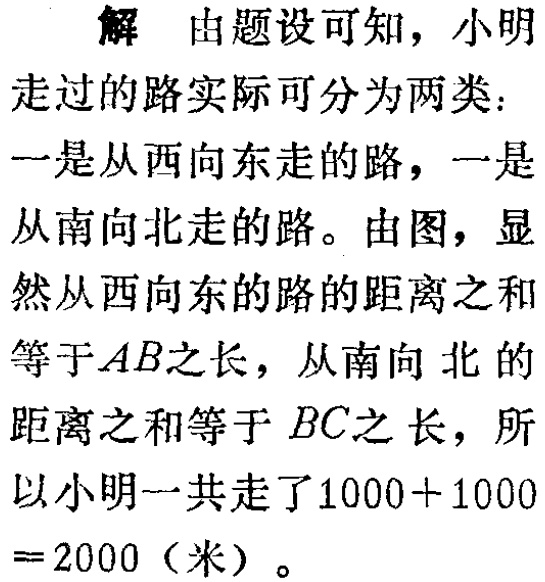
解 由题设可知，小明走过的路实际可分为两类：一是从西向东走的路，一是从南向北走的路。由图，显然从西向东的路的距离之和等于\(AB\)之长，从南向北的距离之和等于 \(BC\)之长，所以小明一共走了\(1000 + 1000=2000\)（米）。